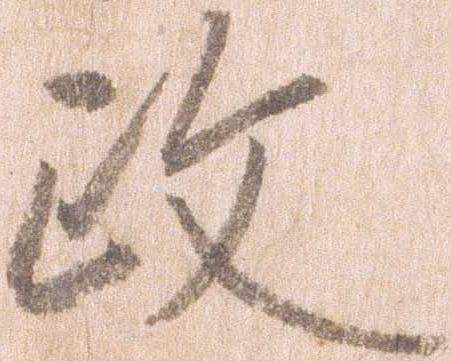
政